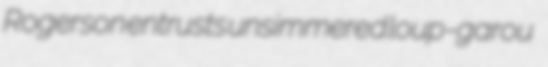
Rogerson entrusts unsimmered loup-garou